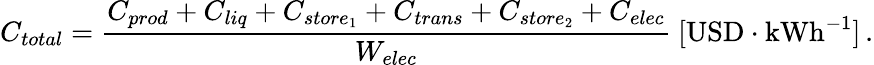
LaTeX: C_{total}=\frac{C_{prod}+C_{liq}+C_{store_{1}}+C_{trans}+C_{store_{2}}+C_{elec}}{W_{elec}}\ [\mathrm{USD}\cdot\mathrm{kWh}^{-1}]\, .